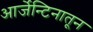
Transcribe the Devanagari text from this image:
आर्जेन्टिनातून